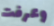
وعرفت